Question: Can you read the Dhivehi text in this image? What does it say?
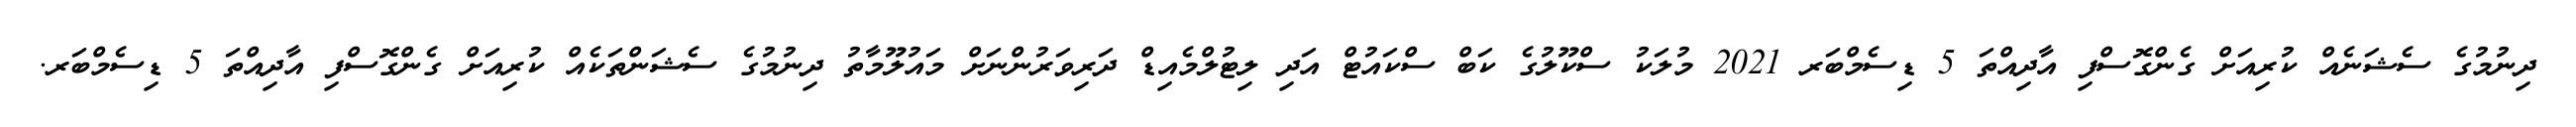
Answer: ދިނުމުގެ ސެޝަނެއް ކުރިއަށް ގެންގޮސްފި އާދިއްތަ 5 ޑިސެމްބަރ 2021 މުލަކު ސްކޫލުގެ ކަބް ސްކައުޓް އަދި ލިޓުލްމެއިޑް ދަރިވަރުންނަށް މައުލޫމާތު ދިނުމުގެ ސެޝަންތަކެއް ކުރިއަށް ގެންގޮސްފި އާދިއްތަ 5 ޑިސެމްބަރ.